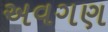
અવગણ